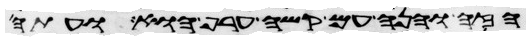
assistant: הזה והנה עם קשה ערף הוא ועתה